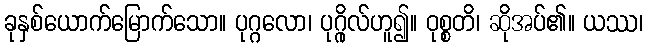
ခုနှစ်ယောက်မြောက်သော။ ပုဂ္ဂလော၊ ပုဂ္ဂိုလ်ဟူ၍။ ဝုစ္စတိ၊ ဆိုအပ်၏။ ယဿ၊